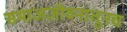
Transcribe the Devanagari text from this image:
समाजजीवनातूनच